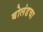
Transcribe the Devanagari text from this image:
बोलंडचा